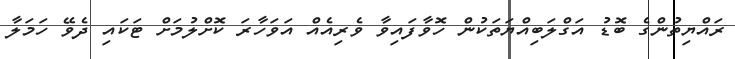
ރައްޔިތުންގެ ބޮޑު އަގްލަބިއްޔަތަކުން ހޮވާފައިވާ ވެރިއެއް އަވަހާރަ ކޮށްލުމަށް ޓަކައި ދެވޭ ހަމަލާ